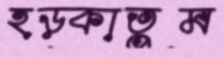
হড়্‌কাতুম